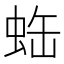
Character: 𧊦